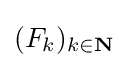
(F_{k})_{k\in \mathbf {N} }